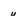
Character: u